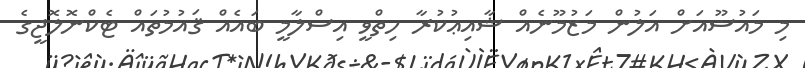
މި މައުޟޫއަށް އަލުން މަޒުމޫނެއް ޝާއިޢުކުރާ ހިތްވީ އިސްލާމީ ބައެއް ޤައުމުތައް ޓެކްނޮލޮޖީގެ